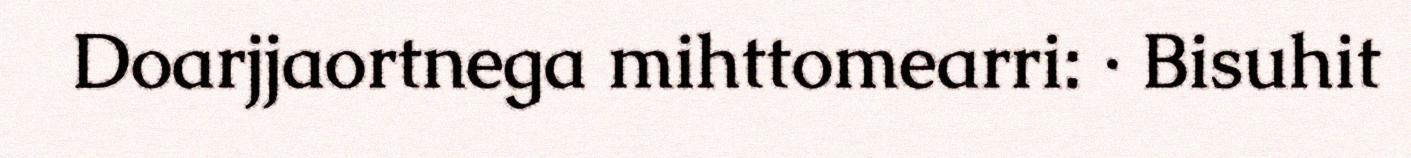
Doarjjaortnega mihttomearri: · Bisuhit